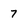
Character: 7